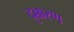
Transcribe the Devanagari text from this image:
दृक्करण